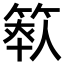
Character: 𥯺